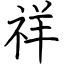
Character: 祥